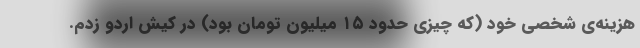
هزینه‌ی شخصی خود (که چیزی حدود ۱۵ میلیون تومان بود) در کیش اردو زدم.